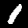
Digit: 1